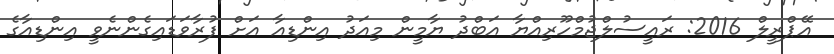
އޭޕްރީލް 2016: ރައީސުލްޖުމްހޫރިއްޔާ އަބްދު ޔާމީން މިއަދު އިންޑިއާ އަށް ފުރާވަޑައިގެންނެވީ އިންޑިއާގެ